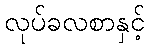
လုပ်ခလစာနှင့်